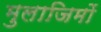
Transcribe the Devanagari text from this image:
मुलाजिमों